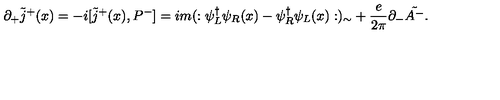
\partial _ { + } \tilde { j } ^ { + } ( x ) = - i [ \tilde { j } ^ { + } ( x ) , P ^ { - } ] = i m ( : \psi _ { L } ^ { \dagger } \psi _ { R } ( x ) - \psi _ { R } ^ { \dagger } \psi _ { L } ( x ) : ) _ { \sim } + { \frac { e } { 2 \pi } } \partial _ { - } \tilde { A ^ { - } } .